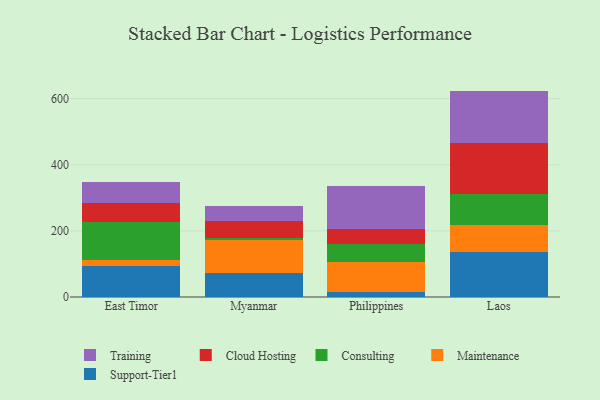
{"axis": {"x": "Country", "y": "Operating Costs (USD K)"}, "legend": ["Cloud Hosting", "Consulting", "Maintenance", "Support-Tier1", "Training"], "data": [{"x": "East Timor", "y": 94.5, "type": "Support-Tier1"}, {"x": "East Timor", "y": 17.2, "type": "Maintenance"}, {"x": "East Timor", "y": 115.9, "type": "Consulting"}, {"x": "East Timor", "y": 55.4, "type": "Cloud Hosting"}, {"x": "East Timor", "y": 63.8, "type": "Training"}, {"x": "Myanmar", "y": 71.8, "type": "Support-Tier1"}, {"x": "Myanmar", "y": 100.4, "type": "Maintenance"}, {"x": "Myanmar", "y": 7.0, "type": "Consulting"}, {"x": "Myanmar", "y": 50.2, "type": "Cloud Hosting"}, {"x": "Myanmar", "y": 45.3, "type": "Training"}, {"x": "Philippines", "y": 16.6, "type": "Support-Tier1"}, {"x": "Philippines", "y": 87.9, "type": "Maintenance"}, {"x": "Philippines", "y": 55.1, "type": "Consulting"}, {"x": "Philippines", "y": 46.0, "type": "Cloud Hosting"}, {"x": "Philippines", "y": 131.2, "type": "Training"}, {"x": "Laos", "y": 136.3, "type": "Support-Tier1"}, {"x": "Laos", "y": 82.1, "type": "Maintenance"}, {"x": "Laos", "y": 91.9, "type": "Consulting"}, {"x": "Laos", "y": 156.2, "type": "Cloud Hosting"}, {"x": "Laos", "y": 157.2, "type": "Training"}]}